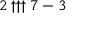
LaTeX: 2 \uparrow \uparrow \uparrow 7 - 3